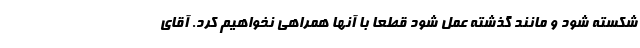
شکسته شود و مانند گذشته عمل شود قطعا با آنها همراهی نخواهیم کرد. آقای